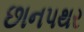
છાનપથર